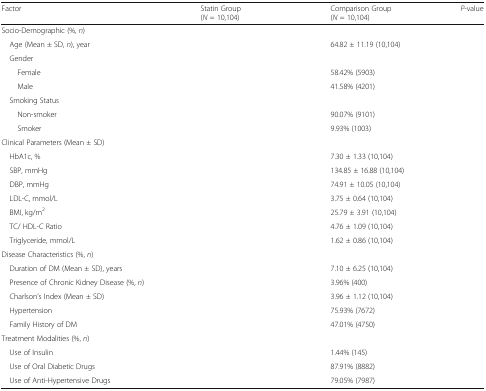
<table><thead><tr><td><b>Factor</b></td><td><b>Statin Group(<i>N</i> = 10,104)</b></td><td><b>Comparison Group(<i>N</i> = 10,104)</b></td><td><b><i>P</i>-value</b></td></tr></thead><tbody><tr><td colspan="4">Socio-Demographic (%, <i>n</i>)</td></tr><tr><td> Age (Mean ± SD, <i>n</i>), year</td><td>[EMPTY_CELL]</td><td>64.82 ± 11.19 (10,104)</td><td>[EMPTY_CELL]</td></tr><tr><td colspan="3"> Gender</td><td>[EMPTY_CELL]</td></tr><tr><td>Female</td><td>[EMPTY_CELL]</td><td>58.42% (5903)</td><td>[EMPTY_CELL]</td></tr><tr><td>Male</td><td>[EMPTY_CELL]</td><td>41.58% (4201)</td><td>[EMPTY_CELL]</td></tr><tr><td colspan="3"> Smoking Status</td><td>[EMPTY_CELL]</td></tr><tr><td>Non-smoker</td><td>[EMPTY_CELL]</td><td>90.07% (9101)</td><td>[EMPTY_CELL]</td></tr><tr><td>Smoker</td><td>[EMPTY_CELL]</td><td>9.93% (1003)</td><td>[EMPTY_CELL]</td></tr><tr><td colspan="4">Clinical Parameters (Mean ± SD)</td></tr><tr><td> HbA1c, %</td><td>[EMPTY_CELL]</td><td>7.30 ± 1.33 (10,104)</td><td>[EMPTY_CELL]</td></tr><tr><td> SBP, mmHg</td><td>[EMPTY_CELL]</td><td>134.85 ± 16.88 (10,104)</td><td>[EMPTY_CELL]</td></tr><tr><td> DBP, mmHg</td><td>[EMPTY_CELL]</td><td>74.91 ± 10.05 (10,104)</td><td>[EMPTY_CELL]</td></tr><tr><td> LDL-C, mmol/L</td><td>[EMPTY_CELL]</td><td>3.75 ± 0.64 (10,104)</td><td>[EMPTY_CELL]</td></tr><tr><td> BMI, kg/m<sup>2</sup></td><td>[EMPTY_CELL]</td><td>25.79 ± 3.91 (10,104)</td><td>[EMPTY_CELL]</td></tr><tr><td> TC/ HDL-C Ratio</td><td>[EMPTY_CELL]</td><td>4.76 ± 1.09 (10,104)</td><td>[EMPTY_CELL]</td></tr><tr><td> Triglyceride, mmol/L</td><td>[EMPTY_CELL]</td><td>1.62 ± 0.86 (10,104)</td><td>[EMPTY_CELL]</td></tr><tr><td colspan="4">Disease Characteristics (%, <i>n</i>)</td></tr><tr><td> Duration of DM (Mean ± SD), years</td><td>[EMPTY_CELL]</td><td>7.10 ± 6.25 (10,104)</td><td>[EMPTY_CELL]</td></tr><tr><td> Presence of Chronic Kidney Disease (%, <i>n</i>)</td><td>[EMPTY_CELL]</td><td>3.96% (400)</td><td>[EMPTY_CELL]</td></tr><tr><td> Charlson’s Index (Mean ± SD)</td><td>[EMPTY_CELL]</td><td>3.96 ± 1.12 (10,104)</td><td>[EMPTY_CELL]</td></tr><tr><td> Hypertension</td><td>[EMPTY_CELL]</td><td>75.93% (7672)</td><td>[EMPTY_CELL]</td></tr><tr><td> Family History of DM</td><td>[EMPTY_CELL]</td><td>47.01% (4750)</td><td>[EMPTY_CELL]</td></tr><tr><td colspan="4">Treatment Modalities (%, <i>n</i>)</td></tr><tr><td> Use of Insulin</td><td>[EMPTY_CELL]</td><td>1.44% (145)</td><td>[EMPTY_CELL]</td></tr><tr><td> Use of Oral Diabetic Drugs</td><td>[EMPTY_CELL]</td><td>87.91% (8882)</td><td>[EMPTY_CELL]</td></tr><tr><td> Use of Anti-Hypertensive Drugs</td><td>[EMPTY_CELL]</td><td>79.05% (7987)</td><td>[EMPTY_CELL]</td></tr></tbody></table>